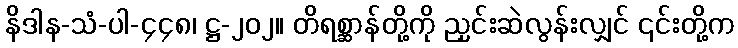
နိဒါန-သံ-ပါ-၄၄၈၊ ဋ္ဌ-၂၀၂။ တိရစ္ဆာန်တို့ကို ညှင်းဆဲလွန်းလျှင် ၎င်းတို့က